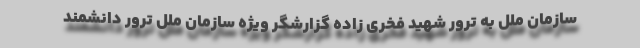
سازمان ملل به ترور شهید فخری زاده گزارشگر ویژه سازمان ملل ترور دانشمند